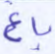
باغ